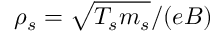
\rho _ { s } = \sqrt { T _ { s } m _ { s } } / ( e B )